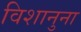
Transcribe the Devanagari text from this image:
विशानुना